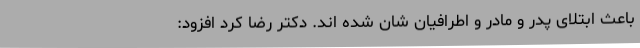
باعث ابتلای پدر و مادر و اطرافیان شان شده اند. دکتر رضا کرد افزود: